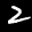
Label: 2